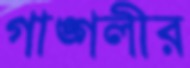
গাঙ্গলীর